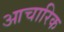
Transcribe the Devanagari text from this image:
आचारिक